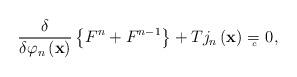
LaTeX: \begin{align*}\frac \delta {\delta \varphi _n\left( \mathbf{x}\right) }\left\{F^n+F^{n-1}\right\} +Tj_n\left( \mathbf{x}\right) ={}_{{}_{\!\!\!\!\!\!\!c}} \;\, 0, \end{align*}